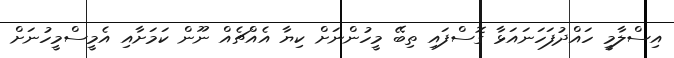
އިސްލާމީ ހައްދުފަހަނައަޅާ ގޮސްފައި ތިބޭ މީހުންނަށް ކިޔާ އެއްޗެއް ނޫން ކަމަށާއި އެމީސްމީހުނަށް